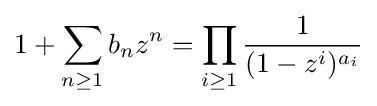
1+\sum _{n\geq 1}b_{n}z^{n}=\prod _{i\geq 1}{\frac {1}{(1-z^{i})^{a_{i}}}}